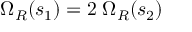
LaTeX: \; \Omega _ { R } ( s _ { 1 } ) = 2 \; \Omega _ { R } ( s _ { 2 } )